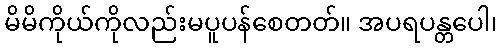
မိမိကိုယ်ကိုလည်းမပူပန်စေတတ်။ အပရပန္တပေါ၊